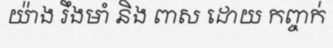
យ៉ាង រឹងមាំ និង ពាស ដោយ កញ្ចក់